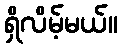
ရှိလိမ့်မယ်။